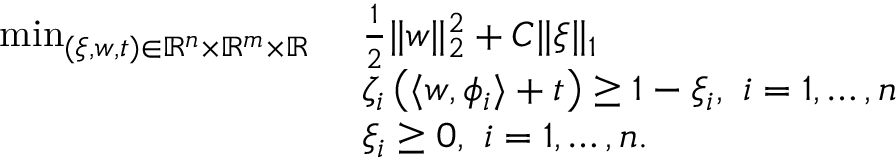
\begin{array} { r l } { \operatorname* { m i n } _ { ( \xi , w , t ) \in \mathbb { R } ^ { n } \times \mathbb { R } ^ { m } \times \mathbb { R } } \ } & { \frac { 1 } { 2 } \| w \| _ { 2 } ^ { 2 } + C \| \xi \| _ { 1 } } \\ & { \zeta _ { i } \left( \langle w , \phi _ { i } \rangle + t \right) \geq 1 - \xi _ { i } , \ i = 1 , \dots , n } \\ & { \xi _ { i } \geq 0 , \ i = 1 , \dots , n . } \end{array}